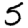
Digit: 5